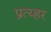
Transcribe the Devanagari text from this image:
प्रत्य्हर